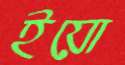
ইয়ো